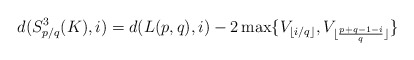
\begin{align*} d(S^3_{p/q}(K),i)=d(L(p,q),i)-2\max\{V_{\lfloor i/q \rfloor},V_{\lfloor \frac{p+q-1-i}{q} \rfloor}\}\end{align*}